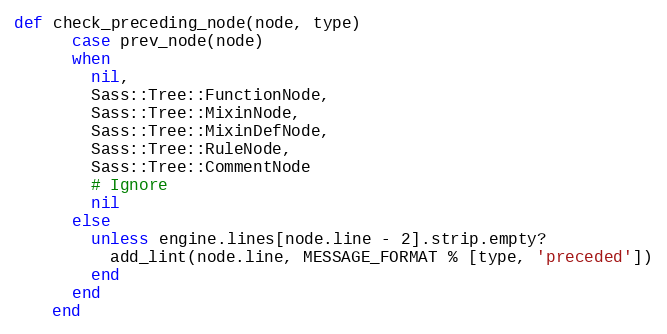
Language: Ruby
def check_preceding_node(node, type)
      case prev_node(node)
      when
        nil,
        Sass::Tree::FunctionNode,
        Sass::Tree::MixinNode,
        Sass::Tree::MixinDefNode,
        Sass::Tree::RuleNode,
        Sass::Tree::CommentNode
        # Ignore
        nil
      else
        unless engine.lines[node.line - 2].strip.empty?
          add_lint(node.line, MESSAGE_FORMAT % [type, 'preceded'])
        end
      end
    end